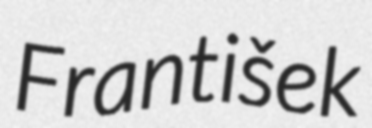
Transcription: František